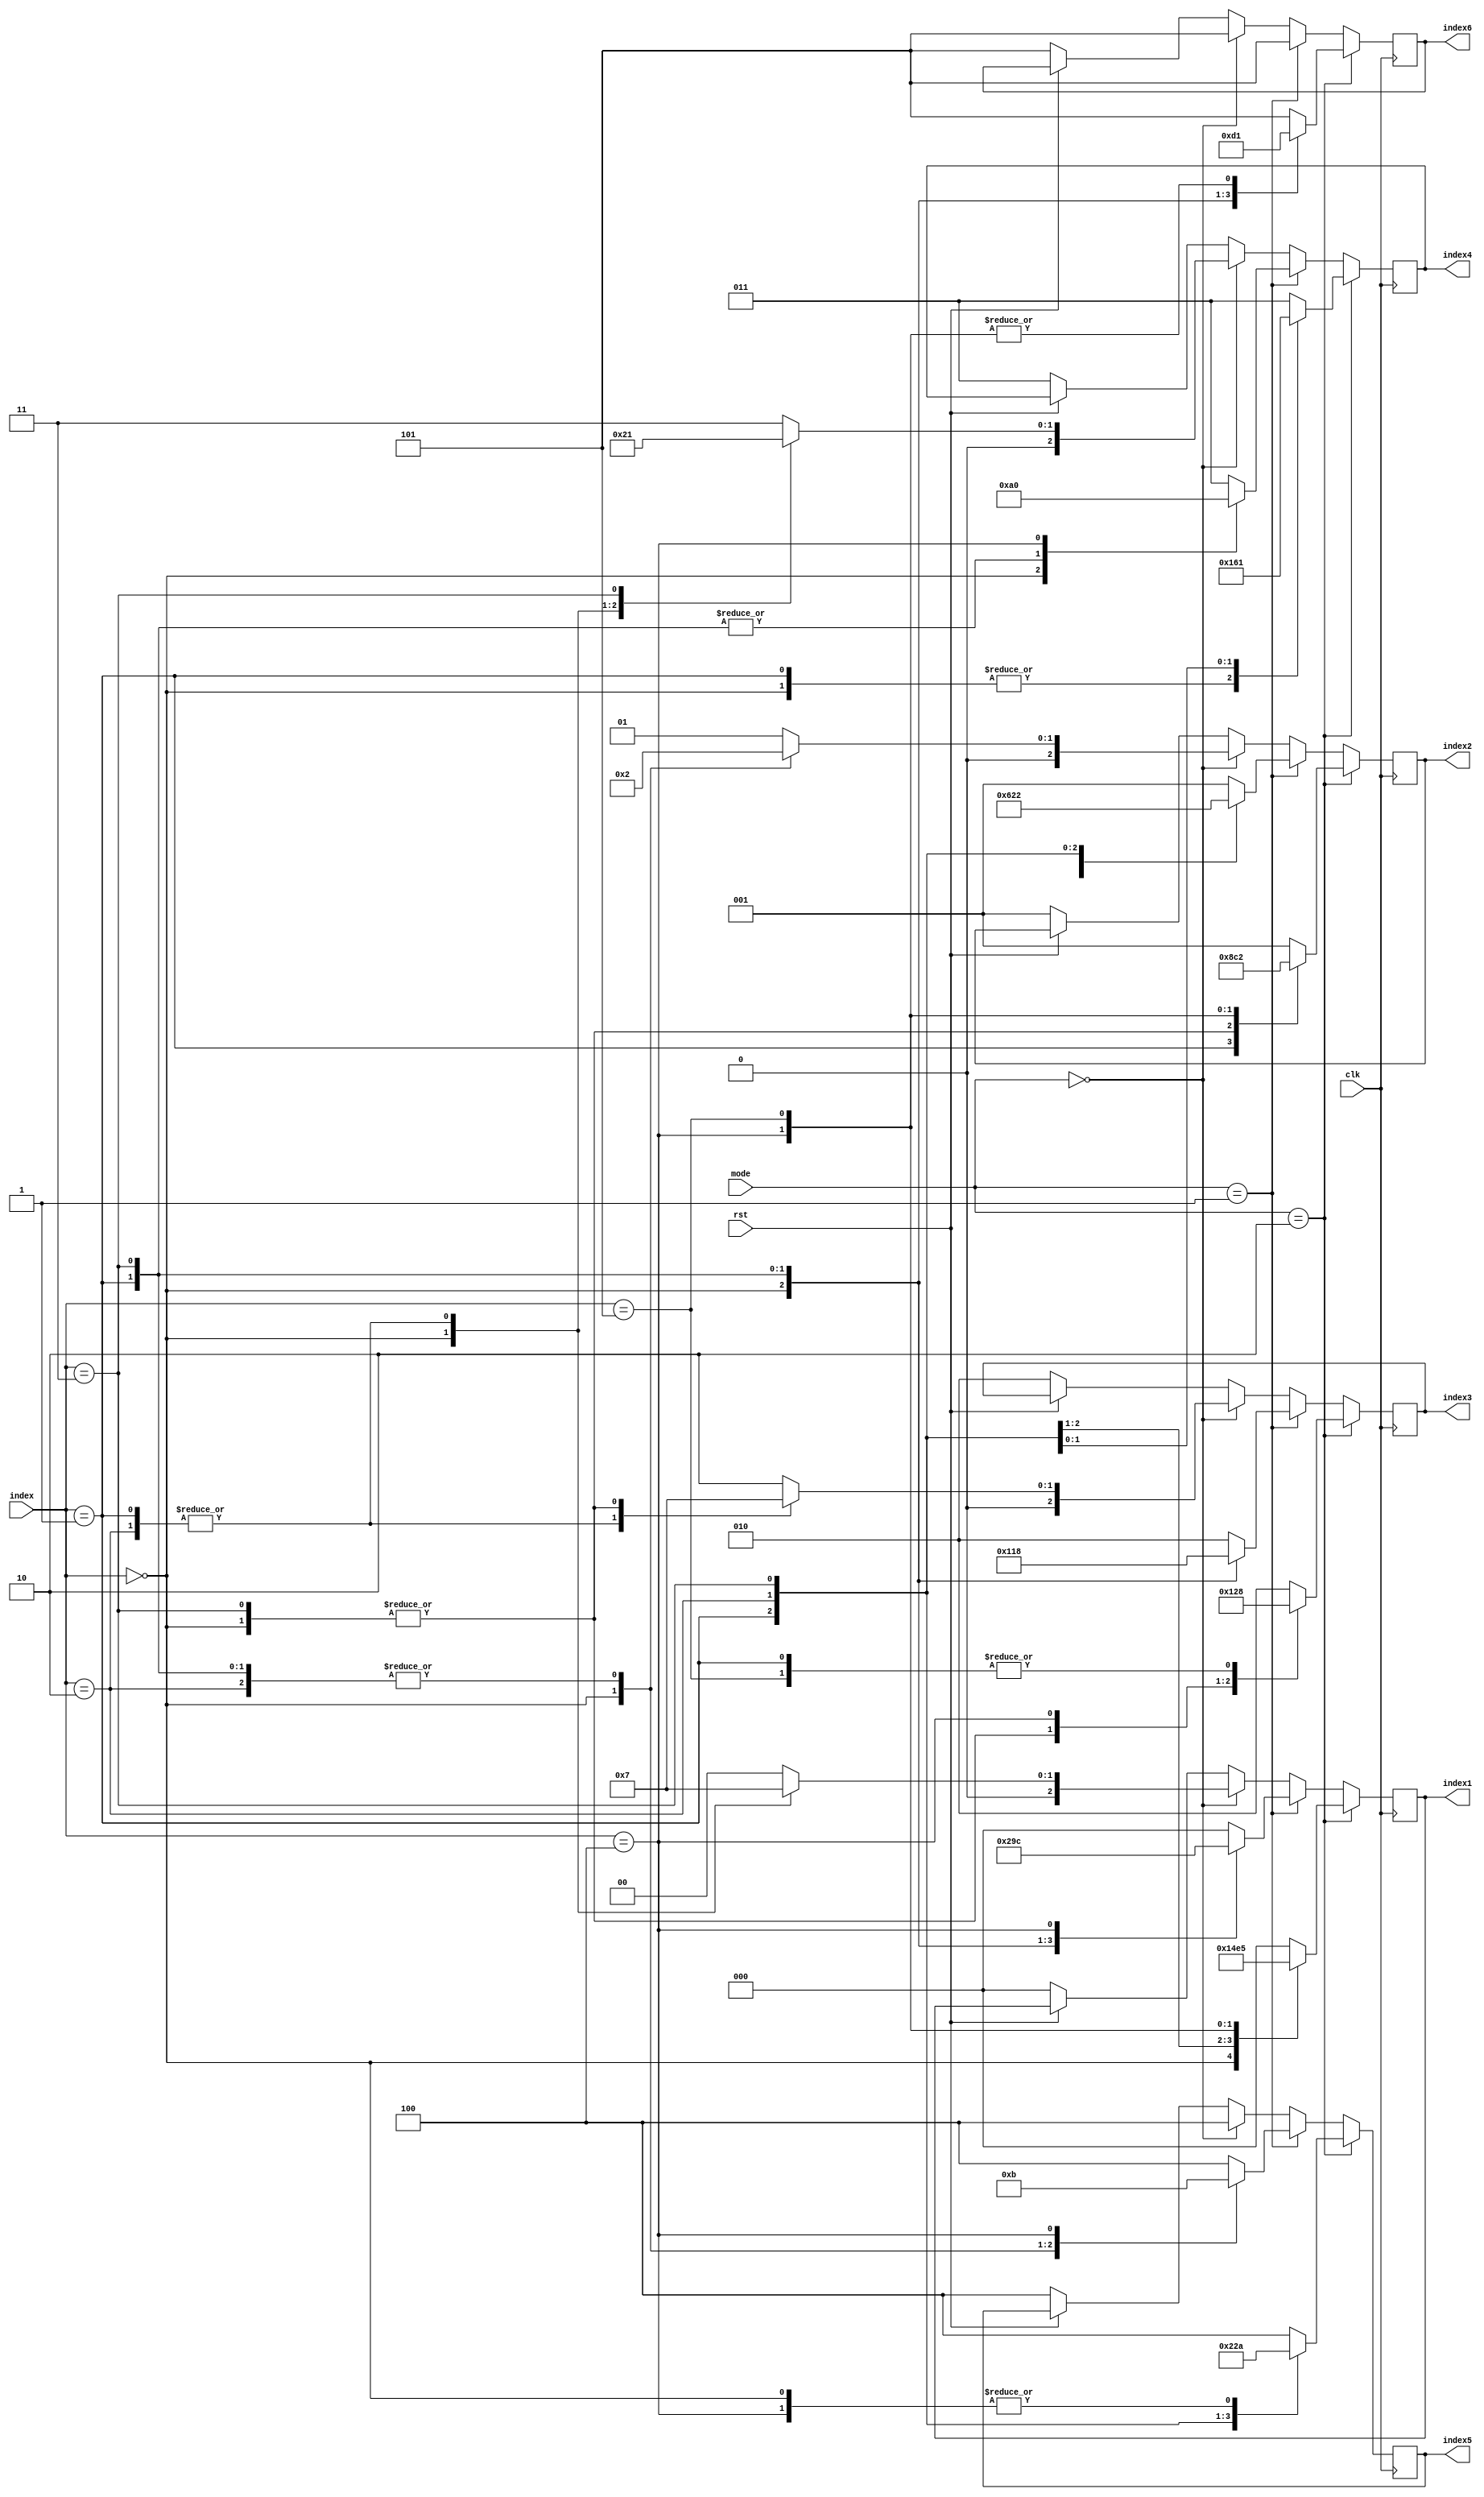
module scrambler (index, mode, index1, index2, index3, index4, index5, index6, 
	rst, clk);
	input rst, clk;
	input [2:0] index;
	input [1:0] mode;
	output [2:0] index1, index2, index3, index4, index5, index6;
	reg [2:0] index1, index2, index3, index4, index5, index6;
	

	
	always @ (posedge clk) begin
		if (rst == 1'b0) 
		begin
			index1 <= 3'b000;
			index2 <= 3'b001;
			index3 <= 3'b010;
			index4 <= 3'b011;
			index5 <= 3'b100;
			index6 <= 3'b101;

		end
		if (mode == 2'b00) 
		begin
			case (index)
				3'b000: begin
					index1 <= 3'b001;
					index2 <= 3'b000;
					index3 <= 3'b011;
					index4 <= 3'b010;
					index5 <= 3'b100;
					index6 <= 3'b101;
				end
				3'b001: begin
					index1 <= 3'b011;
					index2 <= 3'b010;
					index3 <= 3'b001;
					index4 <= 3'b000;
					index5 <= 3'b100;
					index6 <= 3'b101;
				end
				3'b010: begin
					index1 <= 3'b011;
					index2 <= 3'b010;
					index3 <= 3'b001;
					index4 <= 3'b000;
					index5 <= 3'b100;
					index6 <= 3'b101;
				end
				3'b011: begin
					index1 <= 3'b000;
					index2 <= 3'b010;
					index3 <= 3'b011;
					index4 <= 3'b001;
					index5 <= 3'b100;
					index6 <= 3'b101;
				end
				default: begin 
					index1 <= 3'b000;
					index2 <= 3'b001;
					index3 <= 3'b010;
					index4 <= 3'b011;
					index5 <= 3'b100;
					index6 <= 3'b101;
				end
			endcase
		end
		if (mode == 2'b01) 
		begin
			case (index)
				3'b000: begin
					index1 <= 3'b001;
					index2 <= 3'b011;
					index3 <= 3'b100;
					index4 <= 3'b010;
					index5 <= 3'b000;
					index6 <= 3'b101;
				end
				3'b001: begin
					index1 <= 3'b010;
					index2 <= 3'b000;
					index3 <= 3'b011;
					index4 <= 3'b100;
					index5 <= 3'b001;
					index6 <= 3'b101;
				end
				3'b010: begin
					index1 <= 3'b000;
					index2 <= 3'b100;
					index3 <= 3'b010;
					index4 <= 3'b011;
					index5 <= 3'b001;
					index6 <= 3'b101;
				end
				3'b011: begin
					index1 <= 3'b011;
					index2 <= 3'b010;
					index3 <= 3'b000;
					index4 <= 3'b100;
					index5 <= 3'b001;
					index6 <= 3'b101;
				end
				3'b100: begin
					index1 <= 3'b100;
					index2 <= 3'b001;
					index3 <= 3'b010;
					index4 <= 3'b000;
					index5 <= 3'b011;
					index6 <= 3'b101;
				end
				default: begin 
					index1 <= 3'b000;
					index2 <= 3'b001;
					index3 <= 3'b010;
					index4 <= 3'b011;
					index5 <= 3'b100;
					index6 <= 3'b101;
				end
			endcase
		end
		if (mode == 2'b10) 
		begin
			case (index)
				3'b000: begin
					index1 <= 3'b001;
					index2 <= 3'b011;
					index3 <= 3'b100;
					index4 <= 3'b101;
					index5 <= 3'b010;
					index6 <= 3'b000;
				end
				3'b001: begin
					index1 <= 3'b010;
					index2 <= 3'b100;
					index3 <= 3'b000;
					index4 <= 3'b101;
					index5 <= 3'b001;
					index6 <= 3'b011;
				end
				3'b010: begin
					index1 <= 3'b011;
					index2 <= 3'b001;
					index3 <= 3'b010;
					index4 <= 3'b100;
					index5 <= 3'b000;
					index6 <= 3'b101;
				end
				3'b011: begin
					index1 <= 3'b000;
					index2 <= 3'b011;
					index3 <= 3'b100;
					index4 <= 3'b001;
					index5 <= 3'b101;
					index6 <= 3'b010;
				end
				3'b100: begin
					index1 <= 3'b100;
					index2 <= 3'b000;
					index3 <= 3'b101;
					index4 <= 3'b011;
					index5 <= 3'b010;
					index6 <= 3'b001;
				end
				3'b101: begin
					index1 <= 3'b101;
					index2 <= 3'b010;
					index3 <= 3'b000;
					index4 <= 3'b011;
					index5 <= 3'b100;
					index6 <= 3'b001;
				end
				default: begin 
					index1 <= 3'b000;
					index2 <= 3'b001;
					index3 <= 3'b010;
					index4 <= 3'b011;
					index5 <= 3'b100;
					index6 <= 3'b101;
				end
			endcase
			
		end
	end
endmodule